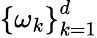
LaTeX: \left\{ \omega_{k}\right\} _{k=1}^{d}